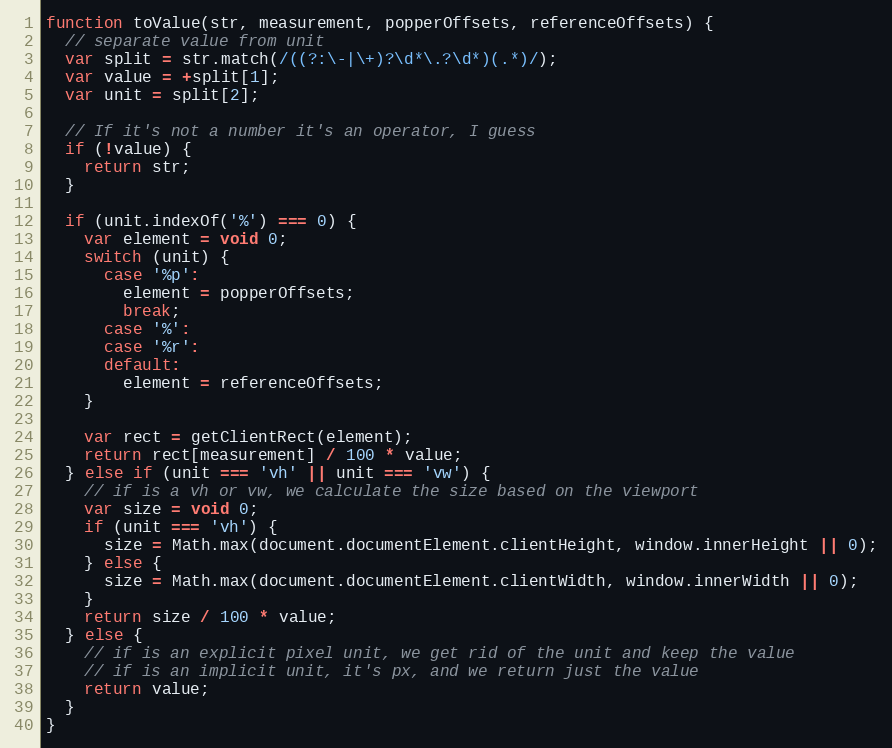
Language: JavaScript
function toValue(str, measurement, popperOffsets, referenceOffsets) {
  // separate value from unit
  var split = str.match(/((?:\-|\+)?\d*\.?\d*)(.*)/);
  var value = +split[1];
  var unit = split[2];

  // If it's not a number it's an operator, I guess
  if (!value) {
    return str;
  }

  if (unit.indexOf('%') === 0) {
    var element = void 0;
    switch (unit) {
      case '%p':
        element = popperOffsets;
        break;
      case '%':
      case '%r':
      default:
        element = referenceOffsets;
    }

    var rect = getClientRect(element);
    return rect[measurement] / 100 * value;
  } else if (unit === 'vh' || unit === 'vw') {
    // if is a vh or vw, we calculate the size based on the viewport
    var size = void 0;
    if (unit === 'vh') {
      size = Math.max(document.documentElement.clientHeight, window.innerHeight || 0);
    } else {
      size = Math.max(document.documentElement.clientWidth, window.innerWidth || 0);
    }
    return size / 100 * value;
  } else {
    // if is an explicit pixel unit, we get rid of the unit and keep the value
    // if is an implicit unit, it's px, and we return just the value
    return value;
  }
}